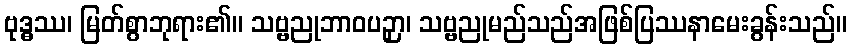
ဗုဒ္ဓဿ၊ မြတ်စွာဘုရား၏။ သဗ္ဗညုဘာဝပဉှာ၊ သဗ္ဗညုမည်သည်အဖြစ်ပြဿနာမေးခွန်းသည်။